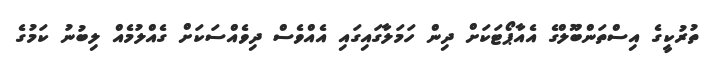
ތުރުކީގެ އިސްތަންބޫލްގެ އެއާޕޯޓަކަށް ދިން ހަމަލާގައިގައި އެއްވެސް ދިވެއްސަކަށް ގެއްލުމެއް ލިބުނު ކަމުގެ